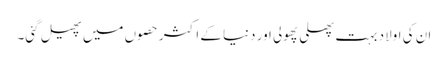
ان کی اولاد بہت پھلی پھولی اور دنیا کے اکثر حصوں میں پھیل گئی۔